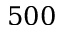
5 0 0